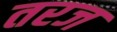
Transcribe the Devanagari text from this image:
तरज